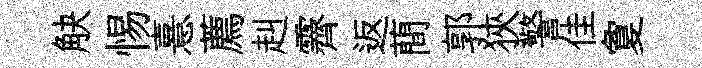
觖惕憙薦赳霽返蕳郭狹警佳夐